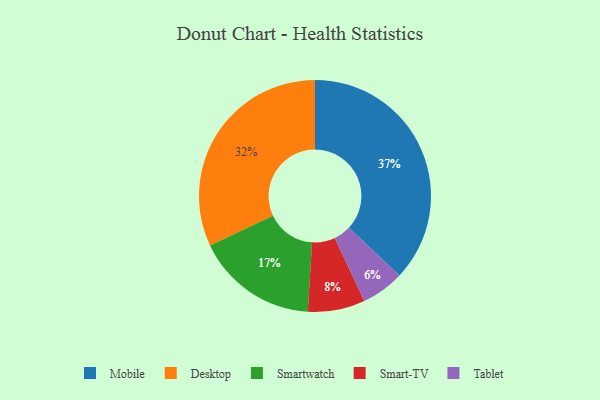
{"axis": {"x": "Category", "y": "Percentage"}, "legend": ["Desktop", "Mobile", "Smart-TV", "Smartwatch", "Tablet"], "data": [{"x": "Tablet", "y": 6, "type": "Tablet"}, {"x": "Desktop", "y": 32, "type": "Desktop"}, {"x": "Smart-TV", "y": 8, "type": "Smart-TV"}, {"x": "Smartwatch", "y": 17, "type": "Smartwatch"}, {"x": "Mobile", "y": 37, "type": "Mobile"}]}